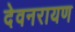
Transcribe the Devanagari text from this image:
देवनरायण